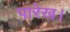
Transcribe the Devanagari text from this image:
पारेख।